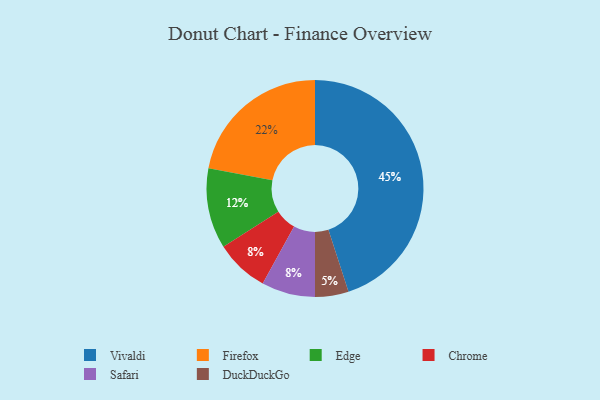
{"axis": {"x": "Category", "y": "Percentage"}, "legend": ["Chrome", "DuckDuckGo", "Edge", "Firefox", "Safari", "Vivaldi"], "data": [{"x": "Edge", "y": 12, "type": "Edge"}, {"x": "Chrome", "y": 8, "type": "Chrome"}, {"x": "Firefox", "y": 22, "type": "Firefox"}, {"x": "DuckDuckGo", "y": 5, "type": "DuckDuckGo"}, {"x": "Vivaldi", "y": 45, "type": "Vivaldi"}, {"x": "Safari", "y": 8, "type": "Safari"}]}